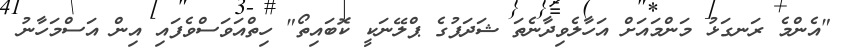
"އެންމެ ރަނގަޅު މަންމައަށް އަހާލެވިދާނެތަ ޝަދަފުގެ ޕްލޭނަކީ ކޮބައިތޯ" ހިތްއަވަސްވެފައި އިން އަސްމަހާނު